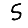
Digit: 5